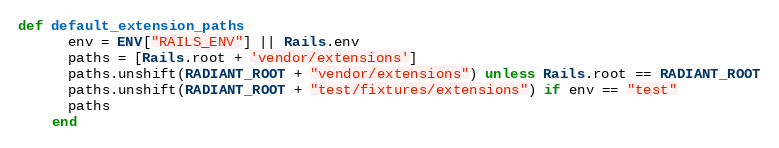
Language: Ruby
def default_extension_paths
      env = ENV["RAILS_ENV"] || Rails.env
      paths = [Rails.root + 'vendor/extensions']
      paths.unshift(RADIANT_ROOT + "vendor/extensions") unless Rails.root == RADIANT_ROOT
      paths.unshift(RADIANT_ROOT + "test/fixtures/extensions") if env == "test"
      paths
    end